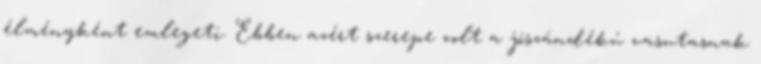
élményként emlegeti. Ebben azért szerepe volt a jószándékú vasutasnak